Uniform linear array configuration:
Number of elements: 4
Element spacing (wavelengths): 0.25
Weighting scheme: hann
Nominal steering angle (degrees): -60
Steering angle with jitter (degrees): -59.88
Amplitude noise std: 0.05
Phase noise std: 0.05

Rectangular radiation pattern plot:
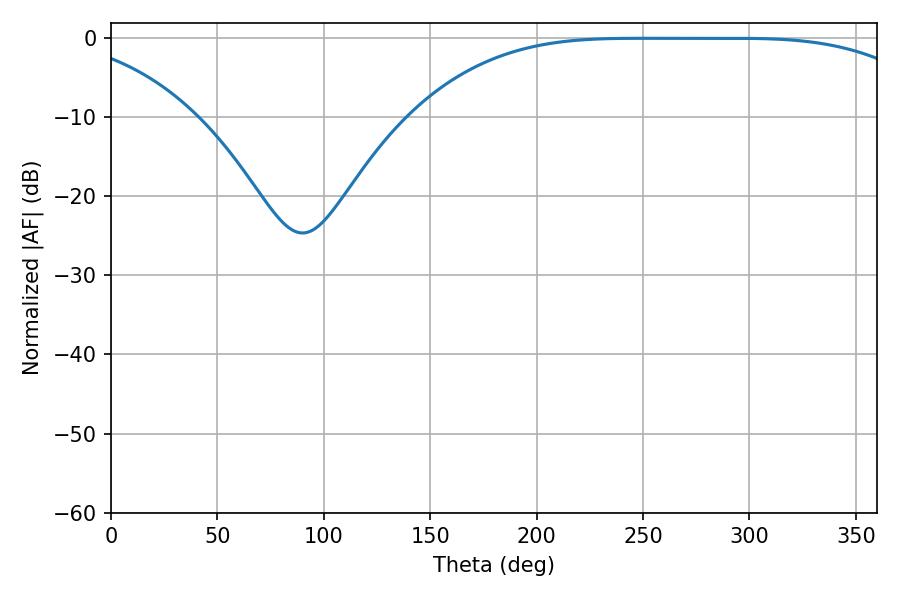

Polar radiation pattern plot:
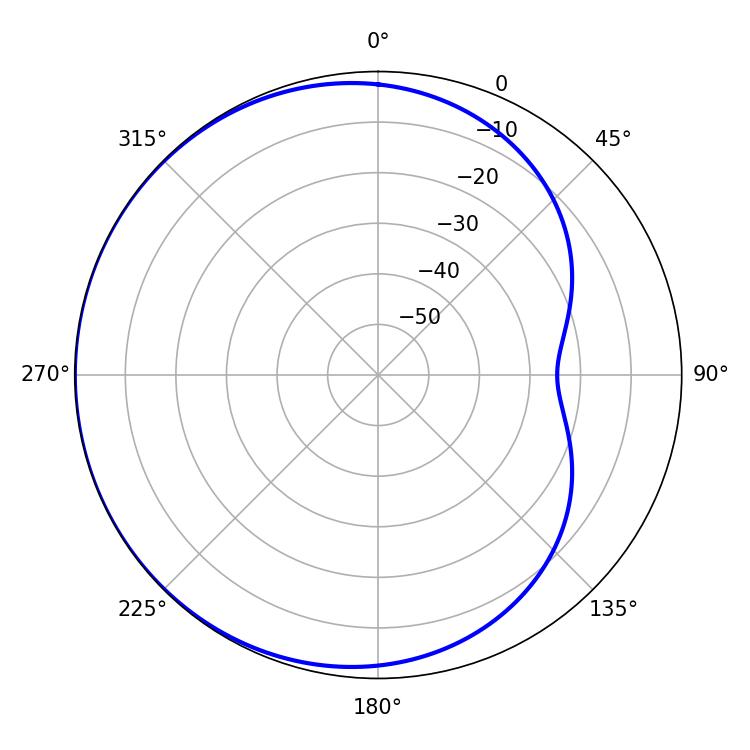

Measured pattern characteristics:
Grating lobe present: FALSE
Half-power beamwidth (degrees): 183.96
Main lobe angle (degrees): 248.4